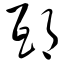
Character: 邸